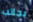
بجانب